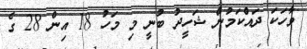
ވާހަކަ ދައްކަމުން ޝަހީދު ބުނީ މި މަހު 18 އިން 28 ގެ